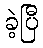
ခဲ့ပြီ